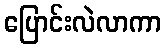
ပြောင်းလဲလာကာ